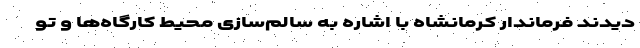
دیدند فرماندار کرمانشاه با اشاره به سالم‌سازی محیط کارگاه‌ها و تو